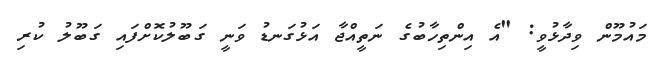
މައުމޫން ވިދާޅުވީ: "އެ އިންތިހާބުގެ ނަތީއްޖާ އަޅުގަނޑު ވަނީ ގަބޫލުކޮށްފައި ގަބޫލު ކުރި